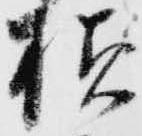
様